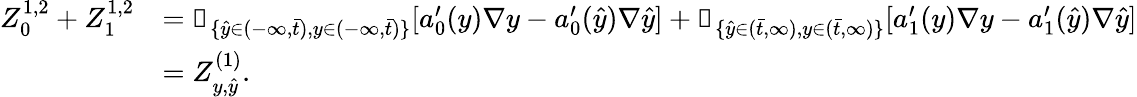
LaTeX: \begin{array}{rl}{Z_{0}^{1,2}+Z_{1}^{1,2}}&{=\mathbb{1}_{\{ \hat{y}\in(-\infty,\bar{t}),y\in(-\infty,\bar{t})\} }[a_{0}^{\prime}(y)\nabla y-a_{0}^{\prime}(\hat{y})\nabla\hat{y}]+\mathbb{1}_{\{ \hat{y}\in(\bar{t},\infty),y\in(\bar{t},\infty)\} }[a_{1}^{\prime}(y)\nabla y-a_{1}^{\prime}(\hat{y})\nabla\hat{y}]}\\ &{=Z_{y,\hat{y}}^{(1)}.}\end{array}